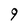
Character: 9